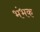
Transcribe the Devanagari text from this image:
भंभक